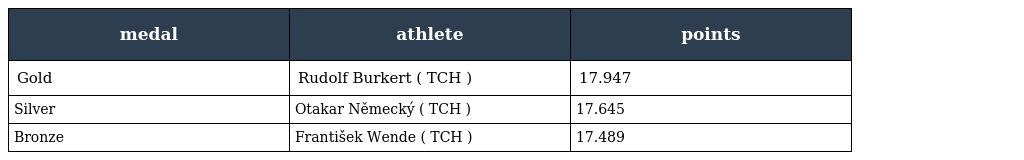
| medal | athlete | points |
 | --- | --- | --- |
 | Gold | Rudolf Burkert ( TCH ) | 17.947 |
 | Silver | Otakar Německý ( TCH ) | 17.645 |
 | Bronze | František Wende ( TCH ) | 17.489 |